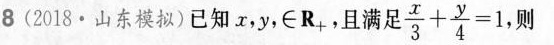
8 ( 2018·山东模拟 ) 已知x，y，∈R_{+}，且满足 $$ \frac { x } { 3 } + \frac { y }{ 4 } = 1$$ ，则